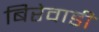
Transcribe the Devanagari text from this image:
बिरेवाडी